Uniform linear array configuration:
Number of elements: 48
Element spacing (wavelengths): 0.75
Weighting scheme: exponential
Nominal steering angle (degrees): -30
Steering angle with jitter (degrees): -32.0
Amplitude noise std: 0.05
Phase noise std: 0.05

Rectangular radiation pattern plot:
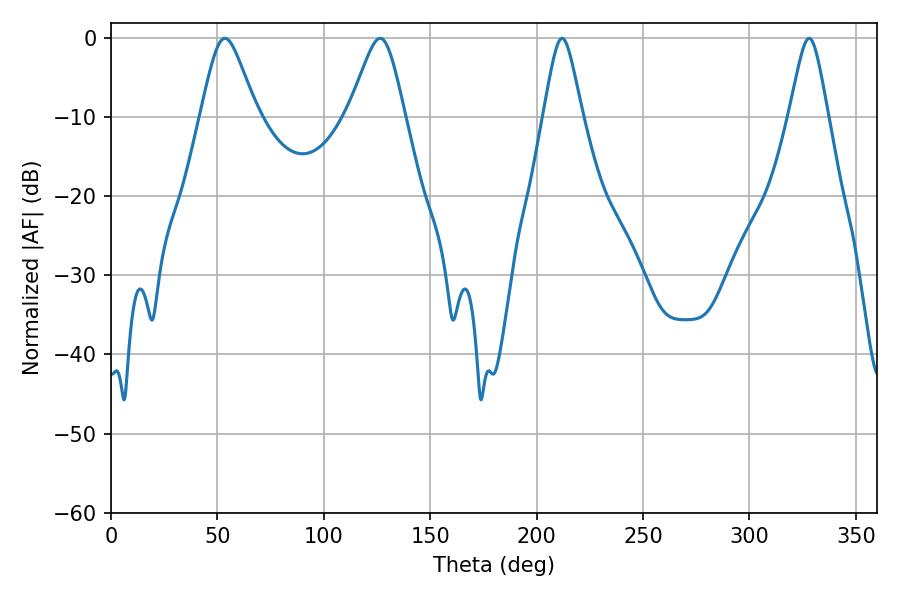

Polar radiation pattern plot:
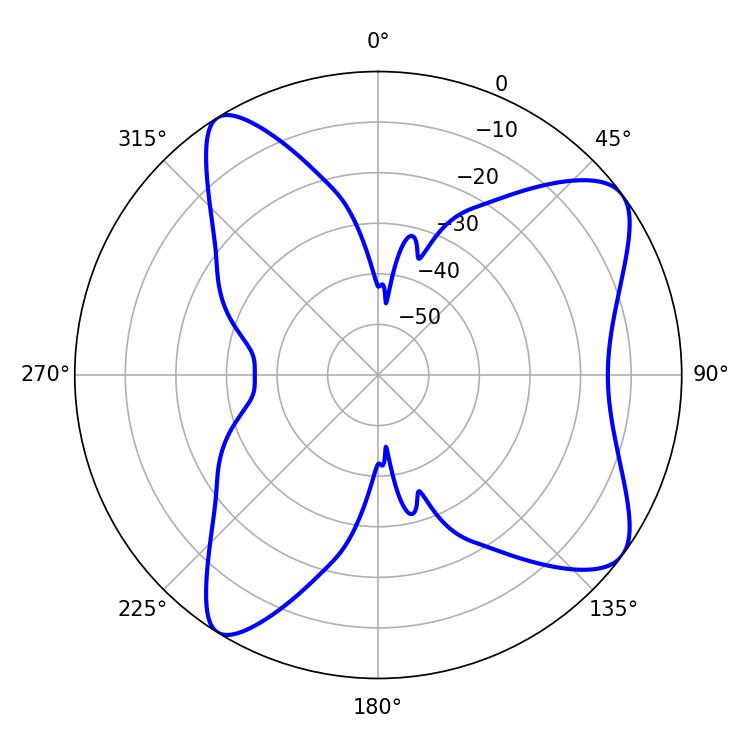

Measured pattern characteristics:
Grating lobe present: TRUE
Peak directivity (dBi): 8.912
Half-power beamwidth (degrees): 12.78
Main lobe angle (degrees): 53.46